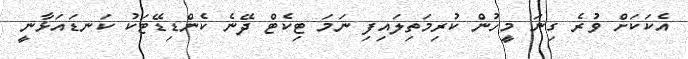
އެކަކަށް ވުރެ ގިނަ މީހުން ކުރިމަތިލައިފި ނަމަ ޓިކެޓް ދޭނެ ކެންޑިޑޭޓަކު ކަނޑައަޅާނީ